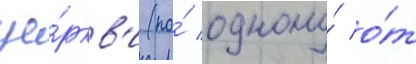
це́ркв'и (по́ одному́ о́т